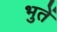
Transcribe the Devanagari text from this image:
भुतें